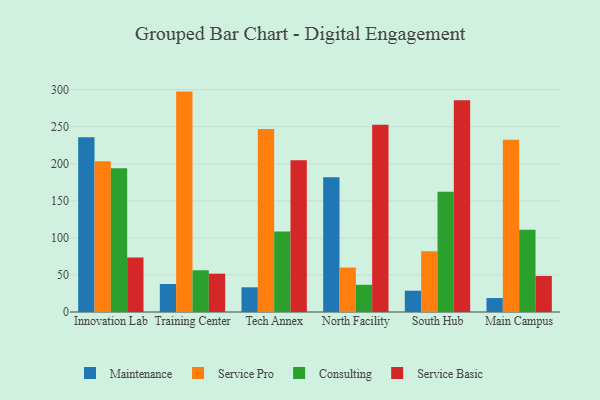
{"axis": {"x": "Campus", "y": "Net Income (USD K)"}, "legend": ["Consulting", "Maintenance", "Service Basic", "Service Pro"], "data": [{"x": "Innovation Lab", "y": 235.8, "type": "Maintenance"}, {"x": "Innovation Lab", "y": 203.5, "type": "Service Pro"}, {"x": "Innovation Lab", "y": 194.0, "type": "Consulting"}, {"x": "Innovation Lab", "y": 73.4, "type": "Service Basic"}, {"x": "Training Center", "y": 37.8, "type": "Maintenance"}, {"x": "Training Center", "y": 297.3, "type": "Service Pro"}, {"x": "Training Center", "y": 56.3, "type": "Consulting"}, {"x": "Training Center", "y": 51.7, "type": "Service Basic"}, {"x": "Tech Annex", "y": 33.3, "type": "Maintenance"}, {"x": "Tech Annex", "y": 246.8, "type": "Service Pro"}, {"x": "Tech Annex", "y": 108.5, "type": "Consulting"}, {"x": "Tech Annex", "y": 204.8, "type": "Service Basic"}, {"x": "North Facility", "y": 181.6, "type": "Maintenance"}, {"x": "North Facility", "y": 59.9, "type": "Service Pro"}, {"x": "North Facility", "y": 36.7, "type": "Consulting"}, {"x": "North Facility", "y": 252.7, "type": "Service Basic"}, {"x": "South Hub", "y": 28.7, "type": "Maintenance"}, {"x": "South Hub", "y": 81.9, "type": "Service Pro"}, {"x": "South Hub", "y": 162.3, "type": "Consulting"}, {"x": "South Hub", "y": 285.8, "type": "Service Basic"}, {"x": "Main Campus", "y": 18.8, "type": "Maintenance"}, {"x": "Main Campus", "y": 232.4, "type": "Service Pro"}, {"x": "Main Campus", "y": 111.0, "type": "Consulting"}, {"x": "Main Campus", "y": 48.6, "type": "Service Basic"}]}